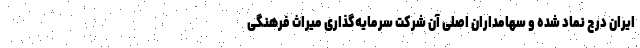
ایران درج نماد شده و سهامداران اصلی آن شرکت سرمایه‌گذاری میراث فرهنگی